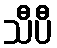
သီပီ